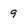
Character: 9